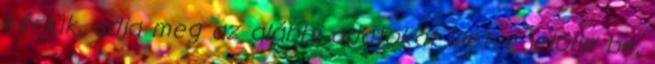
kérjük, adja meg az alábbi adatokat illetve jelölje be,